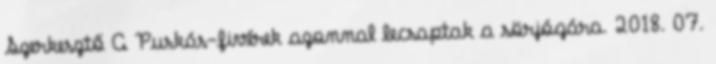
Szerkesztő A Puskás-fivérek azonnal lecsaptak a sörjógára. 2018. 07.